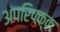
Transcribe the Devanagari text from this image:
अपरिपक्क